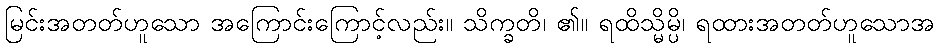
မြင်းအတတ်ဟူသော အကြောင်းကြောင့်လည်း။ သိက္ခတိ၊ ၏။ ရထိသ္မိမ္ပိ၊ ရထားအတတ်ဟူသောအ